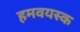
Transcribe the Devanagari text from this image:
हमवयस्क